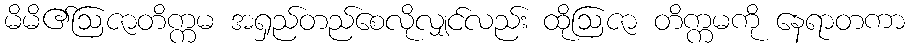
မိမိ၏ဩဇာတိက္ကမ အရှည်တည်စေလိုလျှင်လည်း ထိုဩဇာ တိက္ကမကို နေရာတကာ